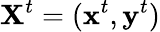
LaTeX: \mathbf{X}^{t}=(\mathbf{x}^{t},\mathbf{y}^{t})